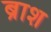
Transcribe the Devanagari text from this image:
ब्राश